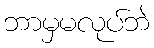
ဘာမှမလုပ်ဘဲ